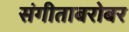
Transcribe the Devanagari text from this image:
संगीताबरोबर